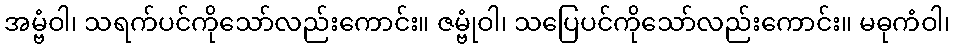
အမ္ဗံဝါ၊ သရက်ပင်ကိုသော်လည်းကောင်း။ ဇမ္ဗုံဝါ၊ သပြေပင်ကိုသော်လည်းကောင်း။ မဓုကံဝါ၊